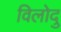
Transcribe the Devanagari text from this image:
विलोदु